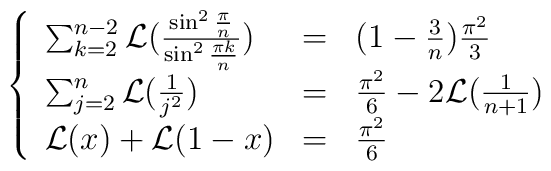
\left\{ \begin{array}{lll}\sum_{k=2}^{n-2}{\cal L}(\frac{\sin^2\frac{\pi}{n}}{\sin^2\frac{\pi k}{n}})& = & (1-\frac{3}{n})\frac{\pi^2}{3}  \\\sum_{j=2}^n{\cal L}(\frac{1}{j^2}) & = & \frac{\pi^2}{6}-2{\cal L}(\frac{1}{n+1}) \\{\cal L}(x)+{\cal L}(1-x) & = & \frac{\pi^2}{6}\end{array} \right.